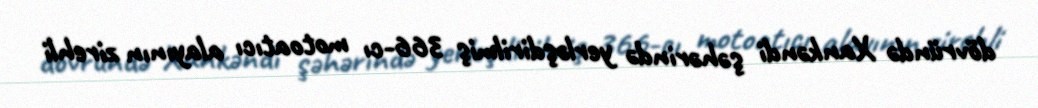
dövründə Xankəndi şəhərində yerləşdirilmiş 366-cı motoatıcı alayının zirehli